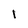
Character: 1